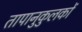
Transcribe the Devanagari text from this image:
तापानुकुलकों